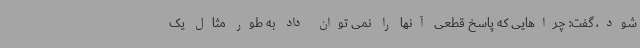
شود، گفت: چراهایی که پاسخ قطعی آنها را نمی توان داد به طور مثال یک